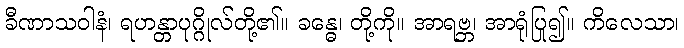
ခီဏာသဝါနံ၊ ရဟန္တာပုဂ္ဂိုလ်တို့၏။ ခန္ဓေ၊ တို့ကို။ အာရဗ္ဘ၊ အာရုံပြု၍။ ကိလေသာ၊